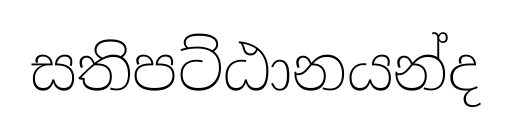
සතිපට්ඨානයන්ද